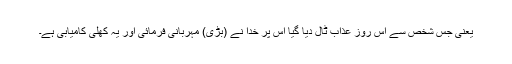
یعنی جس شخص سے اس روز عذاب ٹال دیا گیا اس پر خدا نے (بڑی) مہربانی فرمائی اور یہ کھلی کامیابی ہے۔